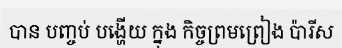
បាន បញ្ចប់ បង្ហើយ ក្នុង កិច្ចព្រមព្រៀង ប៉ារីស